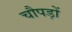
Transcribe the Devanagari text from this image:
चौपड़ों